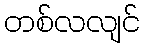
တစ်လလျင်